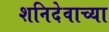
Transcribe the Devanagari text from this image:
शनिदेवाच्या